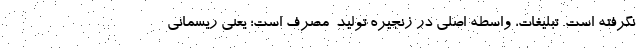
نگرفته است. تبلیغات، واسطه اصلی در زنجیره تولید-مصرف است؛ یعنی ریسمانی